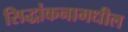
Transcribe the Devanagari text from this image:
सिद्धांकनामधील